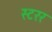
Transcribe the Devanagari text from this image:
स्टरर